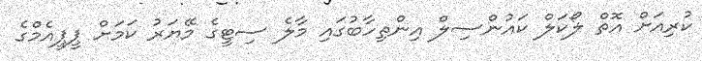
ކުރިއަށް އޮތް ލޯކަލް ކައުންސިލް އިންތިހާބުގައި މާލެ ސިޓީގެ މޭޔަރު ކަމަށް ޕީޕީއެމްގެ